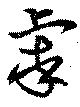
虖